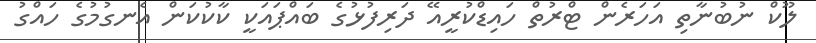
ލޫކް ނުބުނާތި އަހަރެން ޓްރުތް ހައިޑްކުރީއޭ ދަރިފުޅުގެ ބައްޕައަކީ ކާކުކަން އެނގުމުގެ ހައްގު